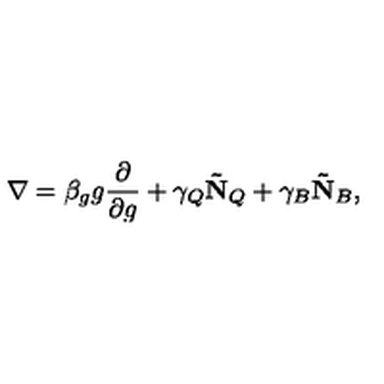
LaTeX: \nabla = \beta _ { g } g \frac { \partial } { \partial g } + \gamma _ { Q } \mathbf { \tilde { N } } _ { Q } + \gamma _ { B } \mathbf { \tilde { N } } _ { B } ,